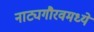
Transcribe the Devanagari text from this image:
नाट्यगौरवमध्ये